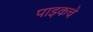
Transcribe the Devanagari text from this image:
पाइकचे